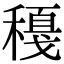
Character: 𥢈